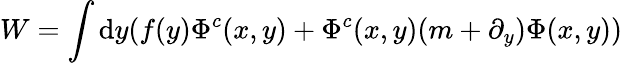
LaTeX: W=\int\mathrm{d}y(f(y)\Phi^{c}(x,y)+\Phi^{c}(x,y)(m+\partial_{y})\Phi(x,y))